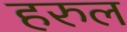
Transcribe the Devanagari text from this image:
हरुल